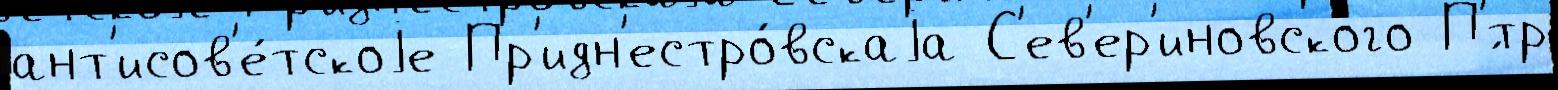
ант'исов'е́тскоjе Пр'идн'естро́вскаjа С'ев'ер'иновского П'́тр